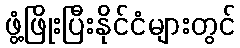
ဖွံ့ဖြိုးပြီးနိုင်ငံများတွင်